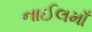
નાઈલમાઁ